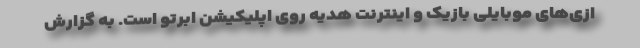
ازی‌های موبایلی بازیک و اینترنت هدیه روی اپلیکیشن ابرتو است. به گزارش